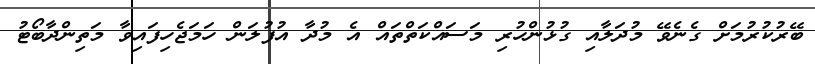
ބޭރުކުރުމަށް ގެނެވޭ މުދަލާއި ގުޅުންހުރި މަސައްކަތްތައް އެ މުދާ އުފުލަން ހަމަޖެހިފައިވާ މަތިންދާބޯޓު